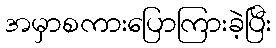
အမှာစကားပြောကြားခဲ့ပြီး